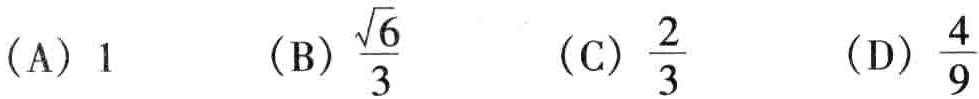
(A) \(1\)  (B) \(\frac{\sqrt{6}}{3}\)  (C) \(\frac{2}{3}\)  (D) \(\frac{4}{9}\)